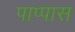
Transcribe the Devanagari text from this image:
पाप्पास